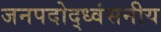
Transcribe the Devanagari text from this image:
जनपदोद्ध्वंसनीय